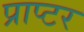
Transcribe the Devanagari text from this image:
प्राप्टर